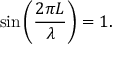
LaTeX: \sin \left( { \frac { 2 \pi L } { \lambda } } \right) = 1 .